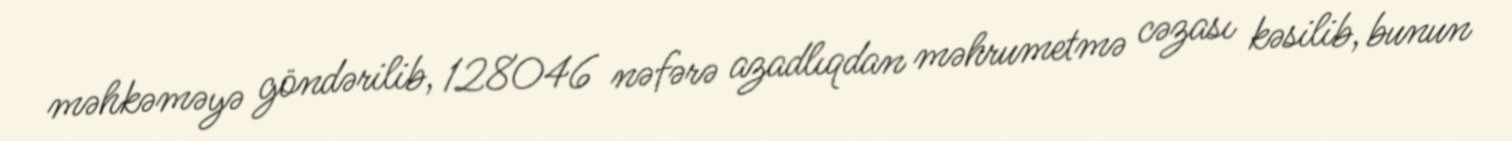
məhkəməyə göndərilib, 128046 nəfərə azadlıqdan məhrumetmə cəzası kəsilib, bunun